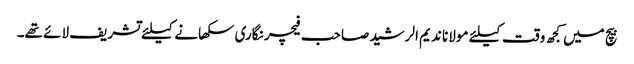
بیچ میں کجھ وقت کیلئے مولانا ندیم الرشید صاحب فیچر نگاری سکھانے کیلئے تشریف لائے تھے۔